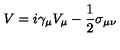
V = i \gamma _ { \mu } V _ { \mu } - \frac { 1 } { 2 } \sigma _ { \mu \nu }